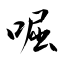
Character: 啒